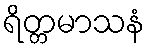
ရိတ္တမာသနံ